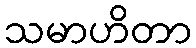
သမာဟိတာ